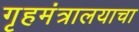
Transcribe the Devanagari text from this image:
गृहमंत्रालयाचा